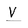
Character: V